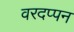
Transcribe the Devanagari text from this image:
वरदप्पन